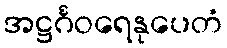
အဋ္ဌင်္ဂဝရေနုပေတံ